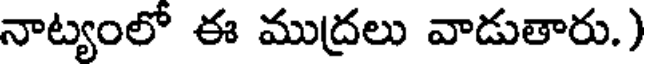
నాట్యంలో ఈ ముద్రలు వాడుతారు.)